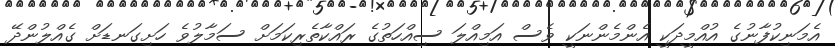
އެމަނިކުފާނުގެ އުއްމީދަކީ އެންމެންނަކީ ވެސް އަމިއްލަ ސިއްހަތުގެ ރައްކާތެރިކަމަށް ސަމާލުވެ ހަށިގަނޑަށް ގެއްލުންދޭ